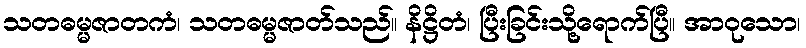
သတဓမ္မဇာတကံ၊ သတဓမ္မဇာတ်သည်။ နိဋ္ဌိတံ၊ ပြီးခြင်းသို့ရောက်ပြီ။ အာဝုသော၊